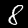
Label: 8